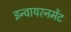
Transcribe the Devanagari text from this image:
इन्वायरनमेंट